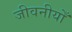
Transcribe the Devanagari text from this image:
जीवनीयोँ